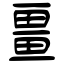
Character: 畺